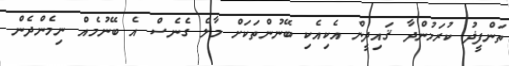
ތަންފީޛު ކުރަމުންދާ ޤައިދީން އެކިއެކި ބޭނުންތަކަށް މާލެ ގެނެސް އެ ބޭނުމެއް ނިމެންދެން